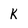
Character: K